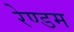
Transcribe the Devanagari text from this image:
रेण्डम